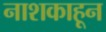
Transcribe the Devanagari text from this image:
नाशकाहून